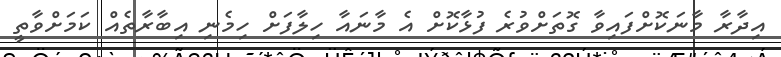
އިދާރާ މާނަކޮށްފައިވާ ގޮތަށްވުރެ ފުޅާކޮށް އެ މާނައާ ހިލާފަށް ހިމެނި އިބާރާތެއް ކަމަށްވާތީ